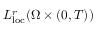
L _ { \mathrm { l o c } } ^ { r } ( \Omega \times ( 0 , T ) )